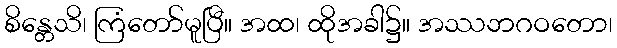
စိန္တေသိ၊ ကြံတော်မူပြီ။ အထ၊ ထိုအခါ၌။ အဿဘဂဝတော၊